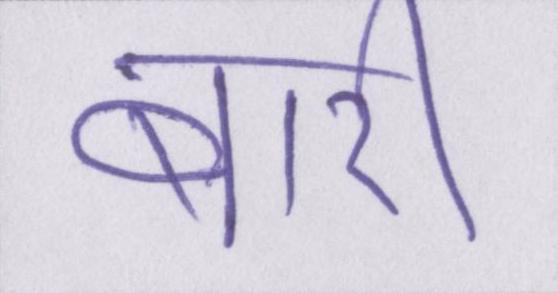
बारी